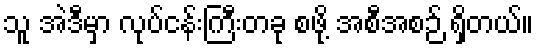
သူ အဲဒီမှာ လုပ်ငန်းကြီးတခု စဖို့ အစီအစဉ် ရှိတယ်။